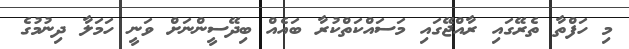
މި ހަފްތާ ތެރޭގައި ރާއްޖޭގައި މަސައްކަތްކުރާ ބައެއް ބިދޭސީންނަށް ވަނީ ހަމަލާ ދިނުމުގެ